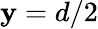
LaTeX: \mathbf{y}=d/2